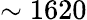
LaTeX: \sim 1620